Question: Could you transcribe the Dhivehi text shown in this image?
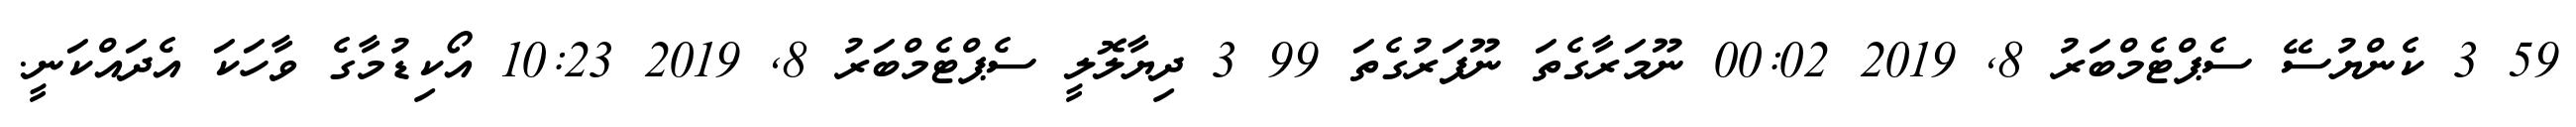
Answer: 59 3 ކެންޔުސޭ ސެޕްޓެމްބަރު 8, 2019 00:02 ނޫމަރާގެތަ ނޫފަރުގެތަ 99 3 ދިޔާލޮލީ ސެޕްޓެމްބަރު 8, 2019 10:23 އޯކިޑުމާގެ ވާހަކަ އެދައްކަނީ.